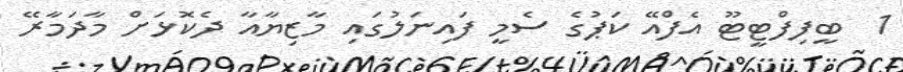
1  ބީފިފްޓީޓޫ އެފްއޭ ކަޕުގެ ސެމީ ފައިނަލުގައި މާޒިޔާއާ ދެކޮޅަށް މާދަމާރޭ